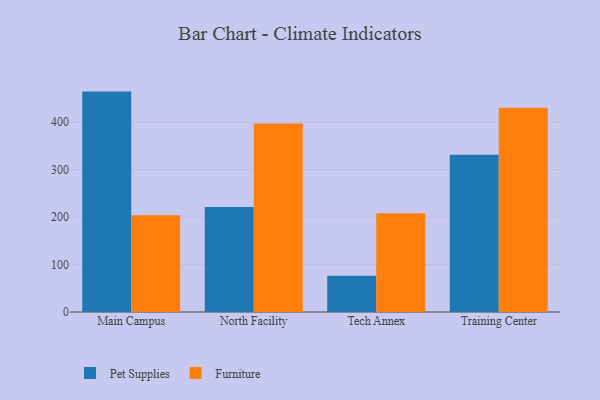
{"axis": {"x": "Campus", "y": "Operating Costs (USD K)"}, "legend": ["Furniture", "Pet Supplies"], "data": [{"x": "Main Campus", "y": 464.4, "type": "Pet Supplies"}, {"x": "Main Campus", "y": 204.0, "type": "Furniture"}, {"x": "North Facility", "y": 221.3, "type": "Pet Supplies"}, {"x": "North Facility", "y": 397.4, "type": "Furniture"}, {"x": "Tech Annex", "y": 76.4, "type": "Pet Supplies"}, {"x": "Tech Annex", "y": 207.9, "type": "Furniture"}, {"x": "Training Center", "y": 331.1, "type": "Pet Supplies"}, {"x": "Training Center", "y": 430.2, "type": "Furniture"}]}